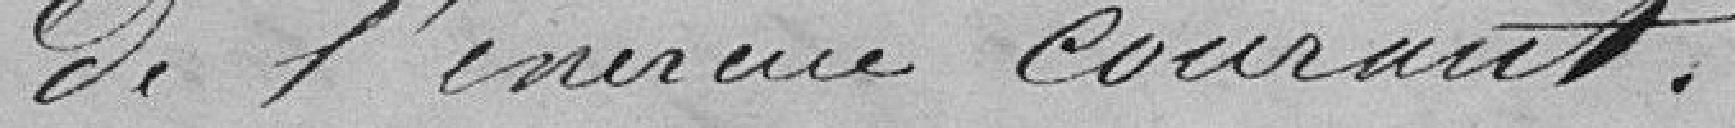
de l'exercice courant.